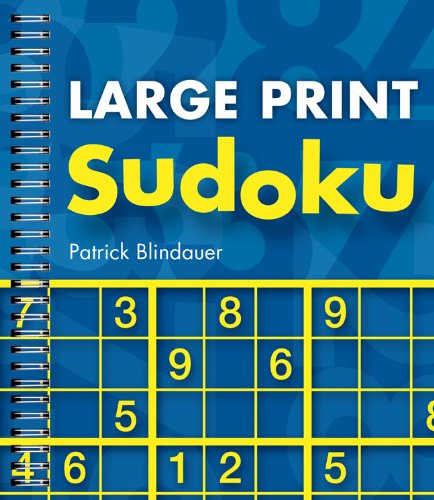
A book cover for Large Print Sudoku; Patrick Blindauer; Humor & Entertainment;